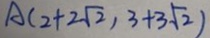
A ( 2 + 2 \sqrt { 2 } , 3 + 3 \sqrt { 2 } )